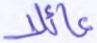
عائلا